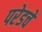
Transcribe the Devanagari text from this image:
परेडचे